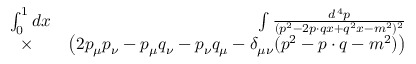
\begin{array} { r l r } { \int _ { 0 } ^ { 1 } d x \! \! \! \! \! \! } & { { } } & { \int { \frac { d ^ { \, 4 } p } { ( p ^ { 2 } - 2 p \cdot q x + q ^ { 2 } x - m ^ { 2 } ) ^ { 2 } } } } \\ { \times } & { { } } & { \left( 2 p _ { \mu } p _ { \nu } - p _ { \mu } q _ { \nu } - p _ { \nu } q _ { \mu } - \delta _ { \mu \nu } ( p ^ { 2 } - p \cdot q - m ^ { 2 } ) \right) } \end{array}